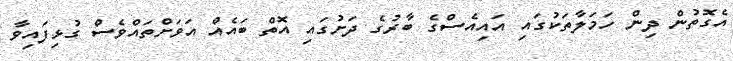
އެގޮތުން ދިން ހަމަލާތަކުގައި އައިއެސްގެ ބާރުގެ ދަށުގައި އޮތް ބައެއް އަވަށްތައްވެސް ގުޅިފައިވާ